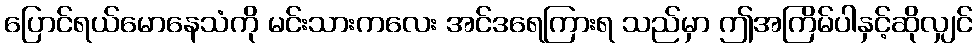
ပြောင်ရယ်မောနေသံကို မင်းသားကလေး အင်ဒရေကြားရ သည်မှာ ဤအကြိမ်ပါနှင့်ဆိုလျှင်